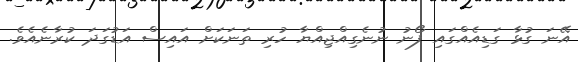
އޭނަ ގުޅާ ގަޑިއެއްގައި ފޯނު ނުނެގިއްޖިއްޔާ ހުރި ތަނަކަށް އައިސް އަޑުގަދަ ކުރާނެއެވެ.